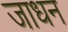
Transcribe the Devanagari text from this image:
जाधन